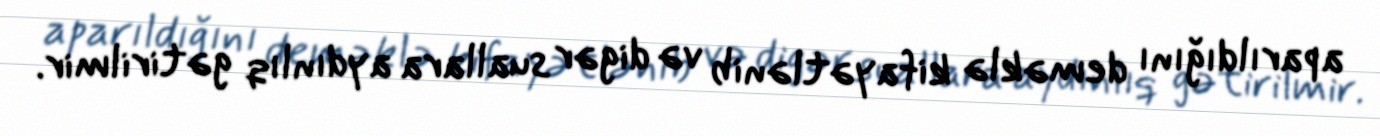
aparıldığını deməklə kifayətlənib və digər suallara aydınlıq gətirilmir.